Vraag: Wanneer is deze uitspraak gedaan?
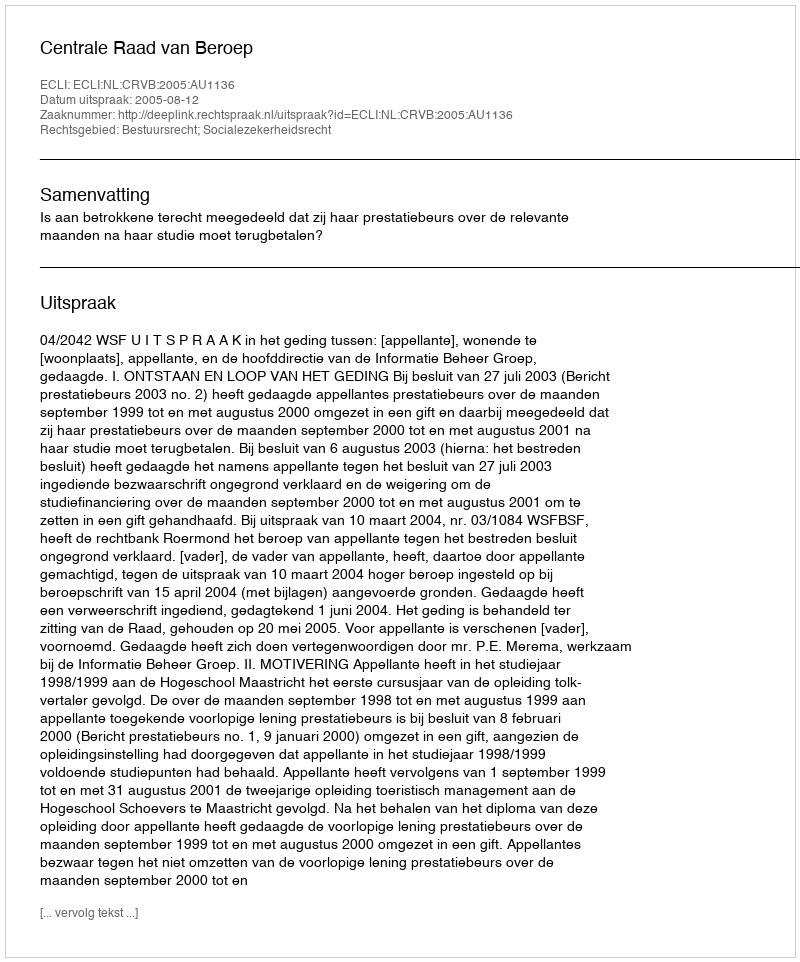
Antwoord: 2005-08-12